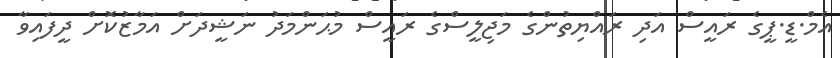
އެމް.ޑީ.ޕީގެ ރައީސް އަދި ރައްޔިތުންގެ މަޖިލީސްގެ ރައީސް މުޙަންމަދު ނަޝީދަށް އަމާޒުކޮށް ދީފައިވާ